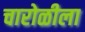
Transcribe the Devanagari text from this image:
चारोळीला